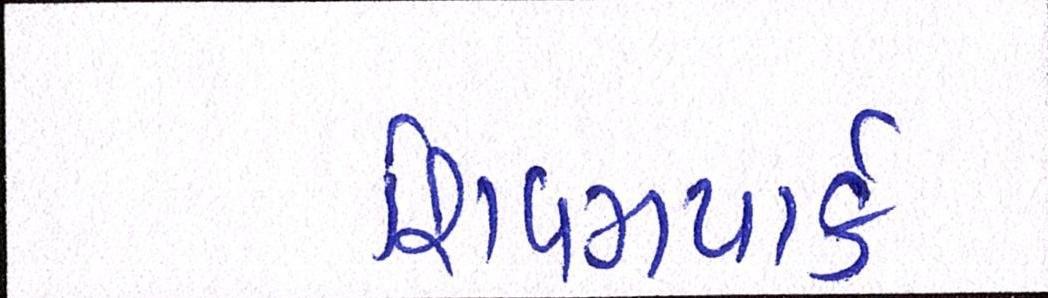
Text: શિવમપાર્ક